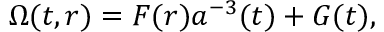
\Omega ( t , r ) = F ( r ) a ^ { - 3 } ( t ) + G ( t ) ,